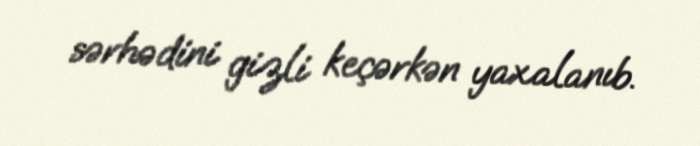
sərhədini gizli keçərkən yaxalanıb.